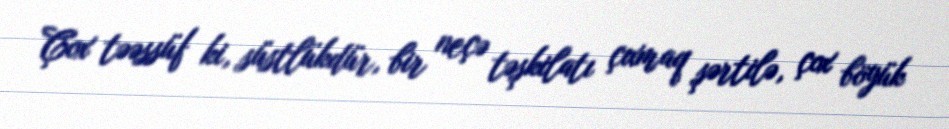
Çox təəssüf ki, süstlükdür, bir neçə təşkilatı çıxmaq şərtilə, çox böyük